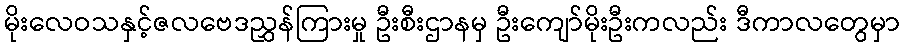
မိုးလေဝသနှင့်ဇလဗေဒညွှန်ကြားမှု ဦးစီးဌာနမှ ဦးကျော်မိုးဦးကလည်း ဒီကာလတွေမှာ